Reserve and Auxiliary Forces (Consequential Provisions) Order 1939. Military Training (Consequential Provisions) Order 1939, 1939
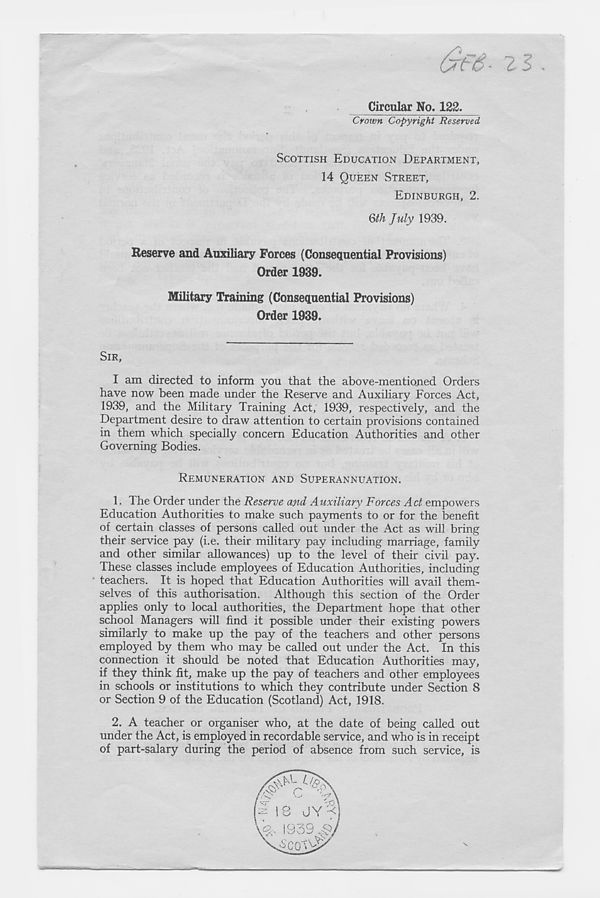
Circular No. 122,
Crown Copyright Reserved
SCOTTISH EDUCATION DEPARTMENT,
14 QUEEN STREET,
EDINBURGH, 2.
§th July 1939.
Reserve and Auxiliary Forces (Consequential Provisions)
Order 1939.
Military Training (Consequential Provisions)
Order 1939.
SIR,
I am directed to inform you that the above-mentioned Orders
have now been made under the Reserve and Auxiliary Forces Act,
1939, and the Military Training Act, 1939, respectively, and the
Department desire to draw attention to certain provisions contained
in them which specially concern Education Authorities and other
Governing Bodies.
REMUNERATION AND SUPERANNUATION.
1. The Order under the Reserve ajtd Auxiliary Forces Act empowers
Education Authorities to make such payments to or for the benefit
of certain classes of persons called out under the Act as will bring
their service pay (i.e. their military pay including marriage, family
and other similar allowances) up to the level of their civil pay.
These classes include employees of Education Authorities, including
* teachers. It is hoped that Education Authorities will avail them-
selves of this authorisation. Although this section of the Order
applies only to local authorities, the Department hope that other
school Managers will find it possible under their existing powers
similarly to make up the pay of the teachers and other persons
employed by them who may be called out under the Act. In this
connection it should be noted that Education Authorities may,
if they think fit, make up the pay of teachers and other employees
in schools or institutions to which they contribute under Section 8
or Section 9 of the Education (Scotland) Act, 1918.
2. A teacher or organiser who, at the date of being called out
under the Act, is employed in recordable service, and who is in receipt
of part-salary during the period of absence from such service, is